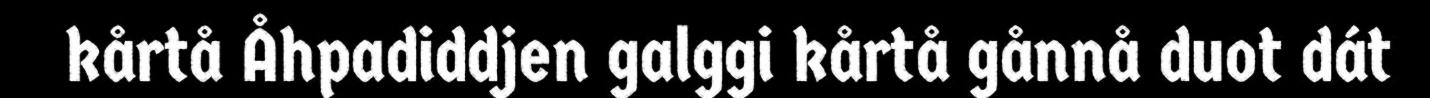
kårtå Åhpadiddjen galggi kårtå gånnå duot dát